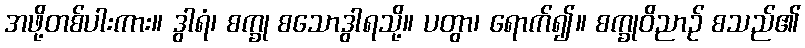
အဖို့တစ်ပါးကား။ ဒွါရံ၊ စက္ခု စသောဒွါရသို့။ ပတွာ၊ ရောက်၍။ စက္ခုဝိညာဉ် စသည်၏